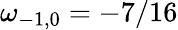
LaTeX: \omega_{-1,0}=-7/16